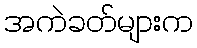
အကဲခတ်များက